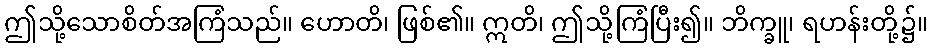
ဤသို့သောစိတ်အကြံသည်။ ဟောတိ၊ ဖြစ်၏။ ဣတိ၊ ဤသို့ကြံပြီး၍။ ဘိက္ခူ၊ ရဟန်းတို့၌။